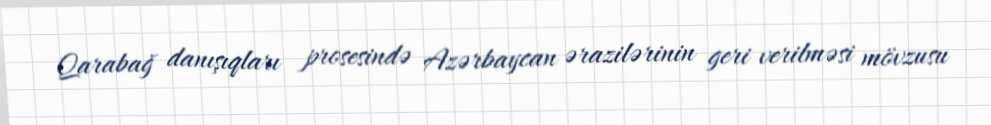
Qarabağ danışıqları prosesində Azərbaycan ərazilərinin geri verilməsi mövzusu